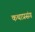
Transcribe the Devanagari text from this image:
कथाप्रसंग